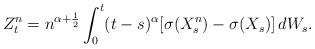
LaTeX: \begin{align*} Z^n_t= n^{\alpha+\frac 12}\int^t_0 (t-s)^{\alpha} [ \sigma(X^n_{s})- \sigma(X_{s})]\, dW_s. \end{align*}